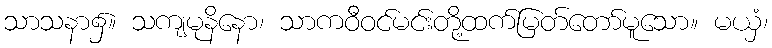
သာသနာ၌။ သကျမုနိနော၊ သာကဝီဝင်မင်းတို့ထက်မြတ်တော်မူသော။ မယှံ၊